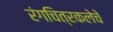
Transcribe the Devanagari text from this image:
रंगचित्रकलेचे